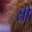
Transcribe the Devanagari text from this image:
सी